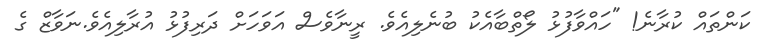
ކަންތައް ކުރާނެ! "ހައްވާފުޅު ލޯތްބާއެކު ބުނެލިއެވެ. ރީނާވެސް އަވަހަށް ދަރިފުޅު އުރާލިއެވެ.ނަވާޒް ގެ